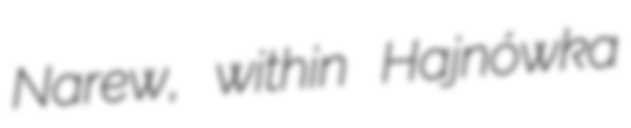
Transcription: Narew, within Hajnówka